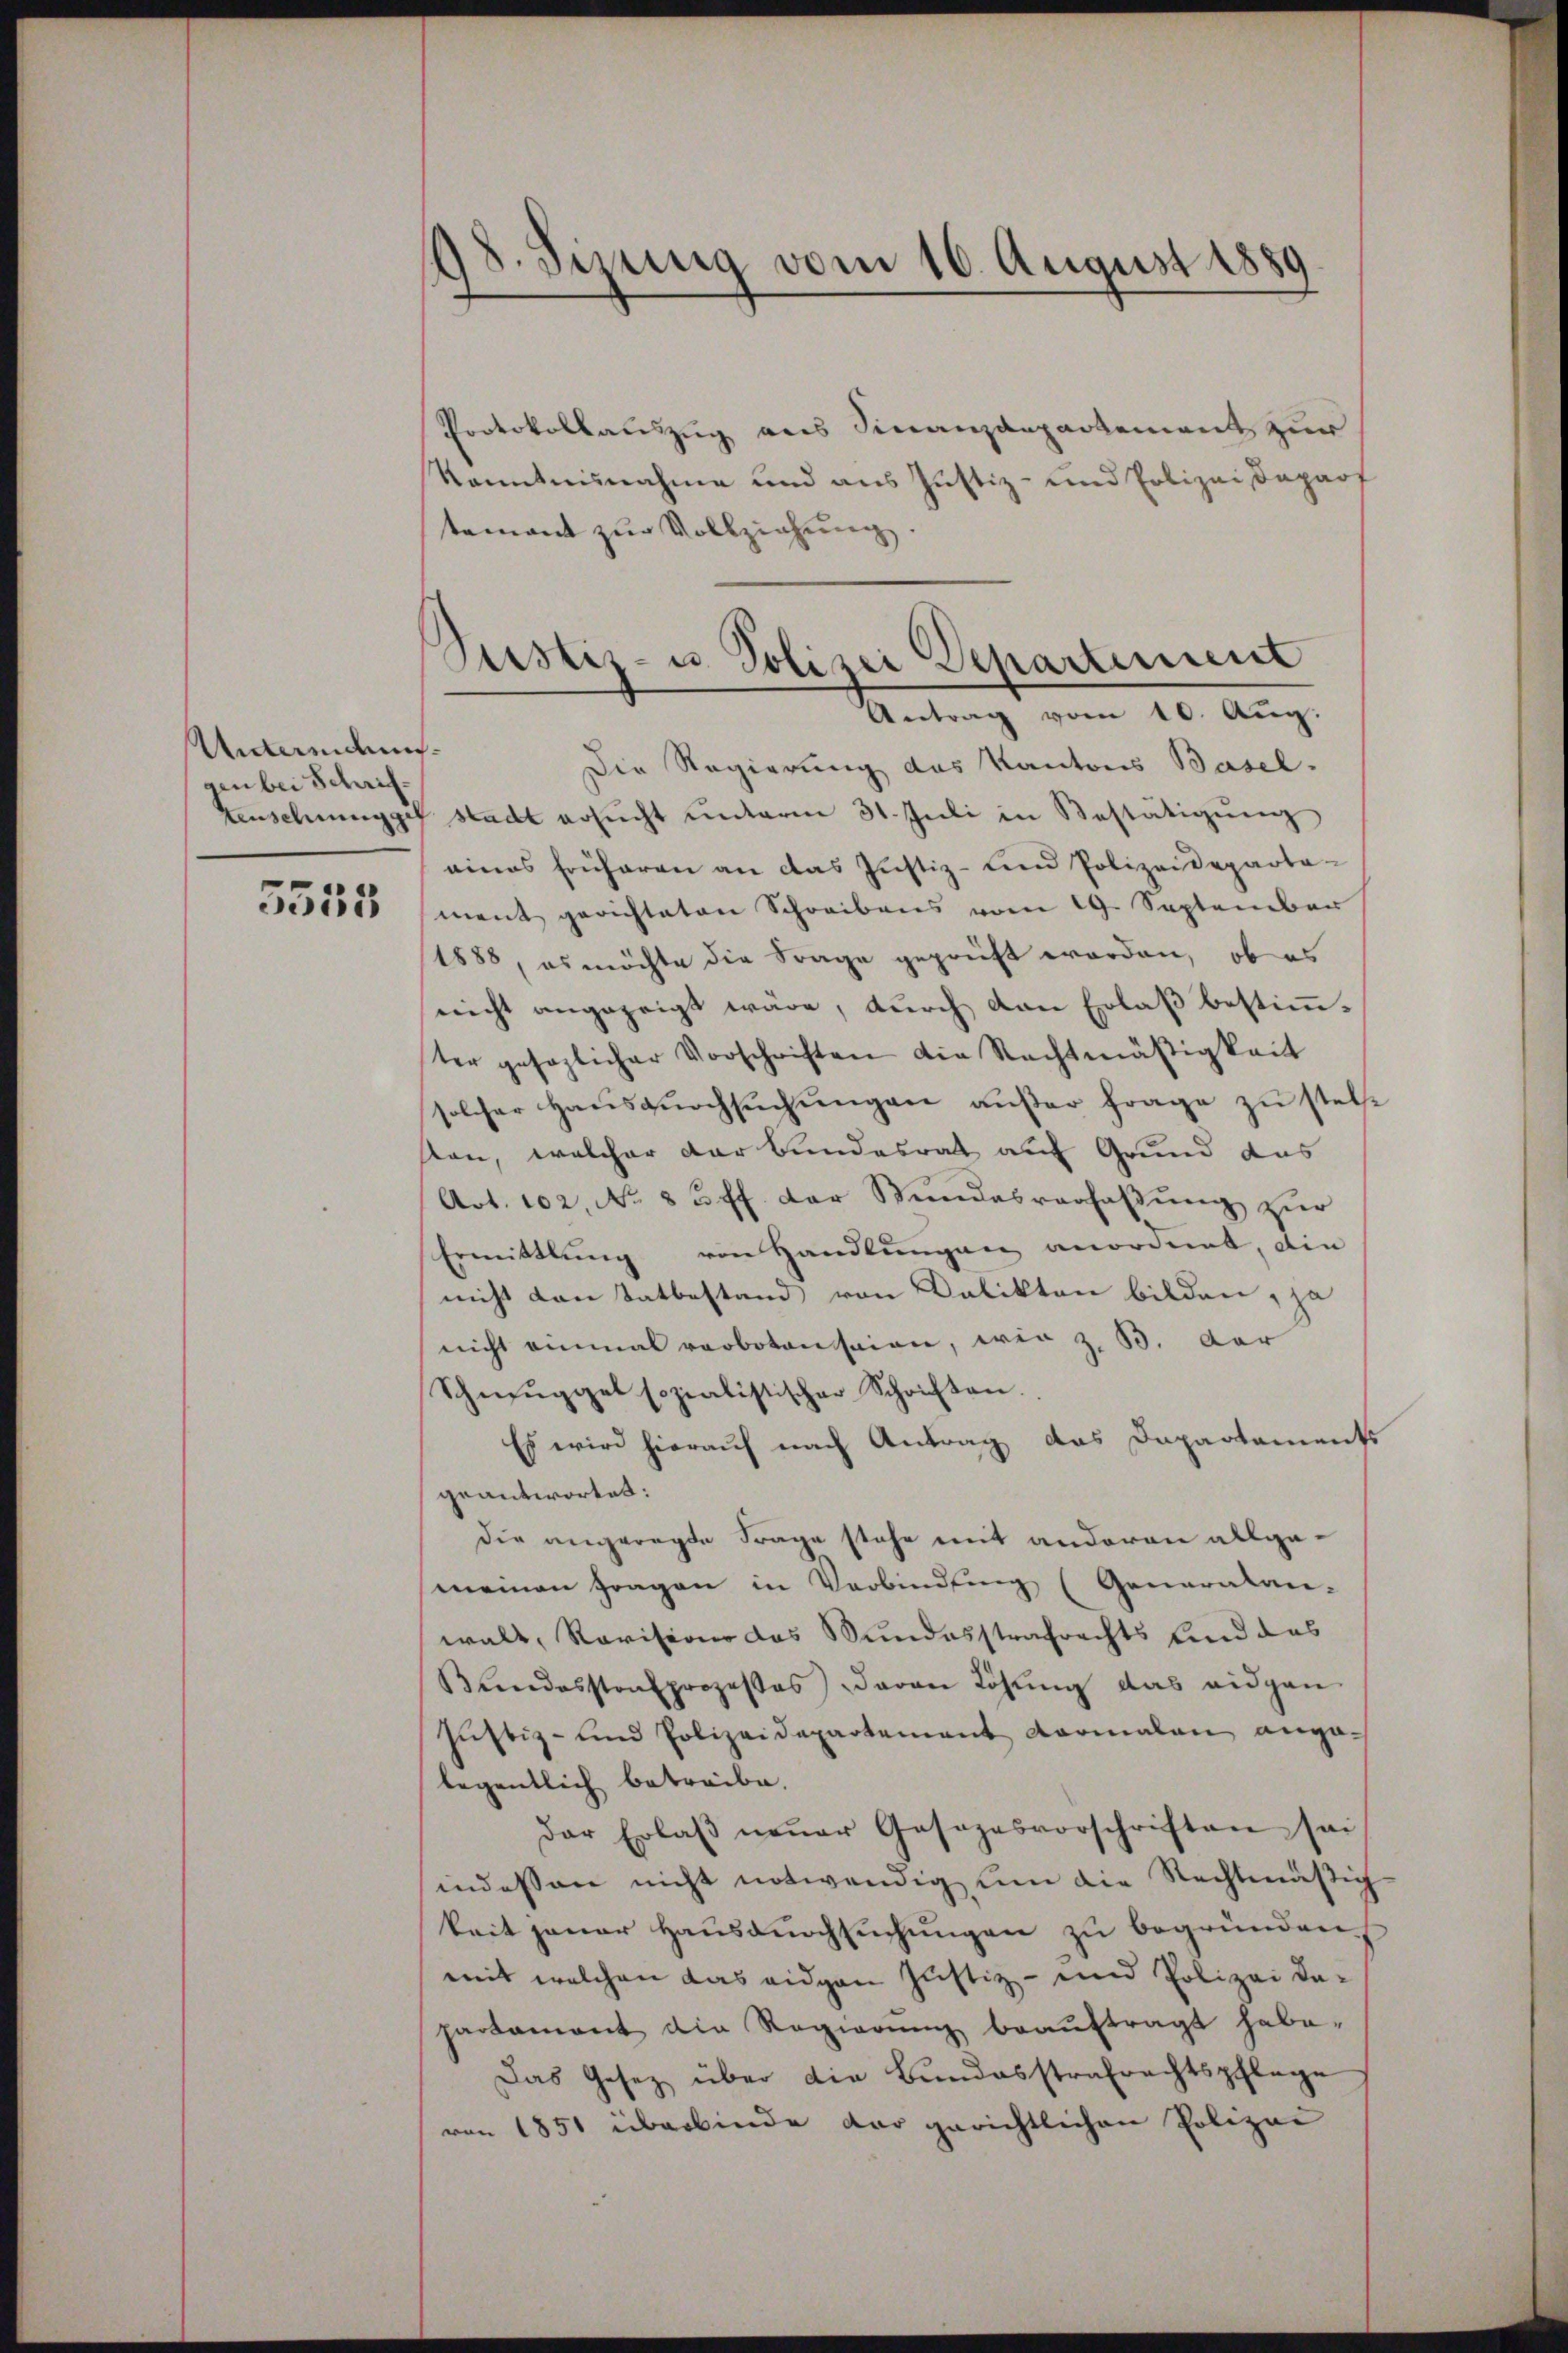
Unterden.
gen bei Schrif

5555

98. Sizung vom 10. August 1889

Justiz- u. Polizei Departement
Antrag vom 10. Aug.

Protokollauszug aus Finanzdepartement zur
kanntnisnahme und aus Justiz- und Polizeidaparf
tement zur Vollziehung.
Die Regierung das Kantons Basel.
tenschungger stadt ersŭcht ŭnterm 31. Juli in Bestätigŭng
eines Früheren an das Justiz- und Polizeideparta-
ment gerichteten Schreibens vom 19. September
1888, es möchte die Frage geprüft worden, ob es
nicht angezeigt wäre, durch den Erlaß bestimmter gesaglicher Vorschriften die Rechtmäßigkeit
solcher Hausdurchsuchungen außer Frage zu stelle
sten, welcher der Bundesrat auf Grund das
Art. 102, No. 83 ff. der Stundesverhaltŭng zur
Ermittlung von Handlungen anordnet, die
nicht von Tatbestand von Delikten bilden, ja
nicht einmal verboten seien, wir z. B. der
Schmuggel sozialistischer Schriften.
Es wird hierauf nach Antrag das Dapartaments
geantwortet:
die angeregte Frage stehe mit anderen allge-
meinen Fragen in Verbindung (Generalan-
walt, Revision das Bundesstrafrechts sind das
Bundesstrafprozesses davon Löhŭng das eidgen
Justiz- und Polizeidepartement vormalen ange-
legentlich betreibe.
Der Erlaβ neŭer Gasezesvorschriften sei
indessen nicht notwendig um die Rechtmäßig
keit jener Hausdurchsuchungen zu begründen.
mit welchen das eidgen Justiz- und Polizei dapartamant die Regierŭng beaŭftragt habe.
Das Gesetz über die Bundesstrafrechtspflege
von 1851 überbinde dar gerichtlichen Polizei